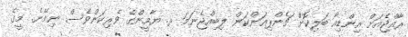
ރާއްޖެއަށް އިންޑިއާ ބަލިކޮށް ޗެންޕިއަންކަން ލިބިއްޖެނަމަ ރ. ޔާމީންގެ ވެރިކަންވެސް ނިމޭނެ. މީގެ